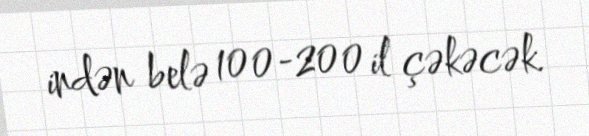
indən belə 100-200 il çəkəcək.